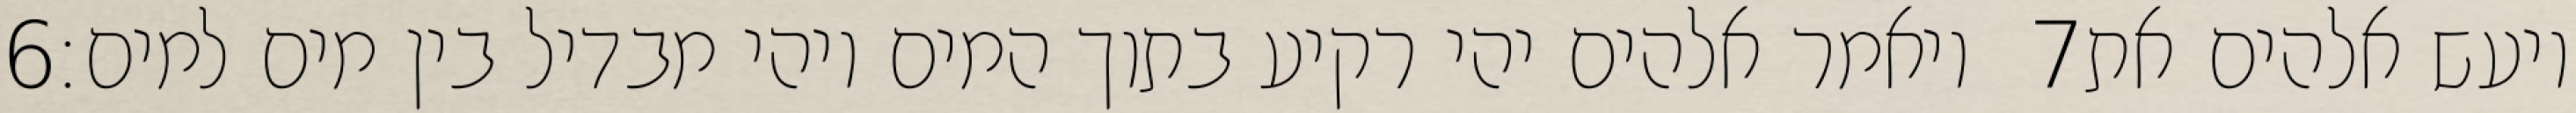
‎6‏ ויאמר אלהים יהי רקיע בתוך המים ויהי מבדיל בין מים למים׃ ‎7‏ ויעש אלהים את